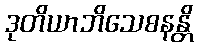
ဒုတိယာဘိသေစနန္တိ